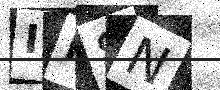
Text: IM8N